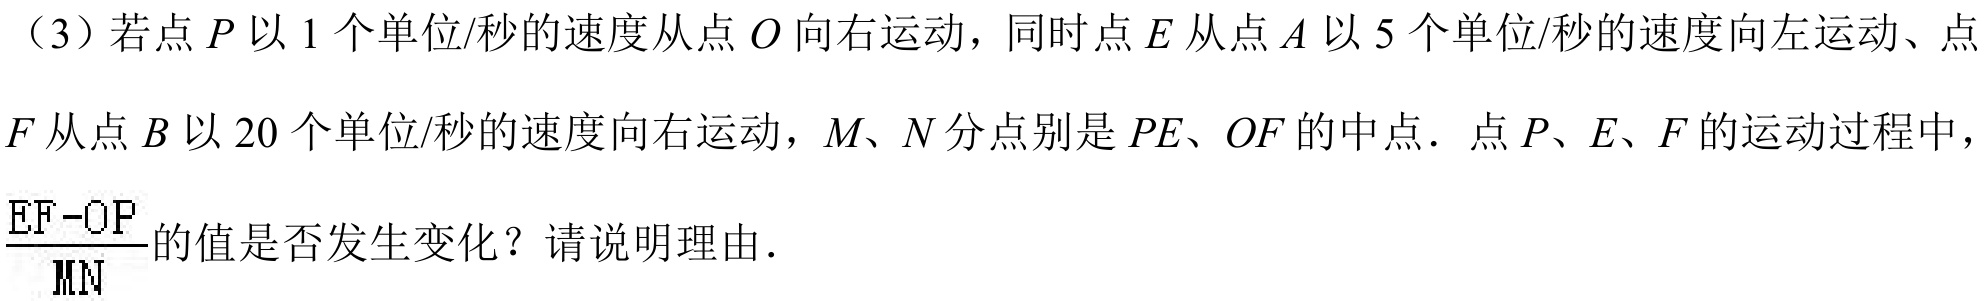
（3）若点\(P\)以\(1\)个单位/秒的速度从点\(O\)向右运动，同时点\(E\)从点\(A\)以\(5\)个单位/秒的速度向左运动、点
\(F\)从点\(B\)以\(20\)个单位/秒的速度向右运动，\(M\)、\(N\)分点别是\(PE\)、\(OF\)的中点．点\(P\)、\(E\)、\(F\)的运动过程中，\(\frac{EF - OP}{MN}\)的值是否发生变化？请说明理由．